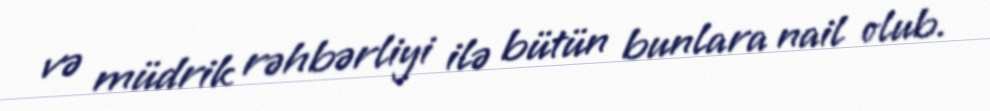
və müdrik rəhbərliyi ilə bütün bunlara nail olub.